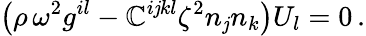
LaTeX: \left(\rho\, \omega^{2}g^{il}-\mathbb{C}^{i\mathit{j}kl}\zeta^{2}n_{\mathit{j}}n_{k}\right)U_{l}=0\, .